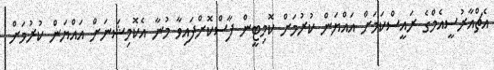
އެޗްއާރުސީއެމްގެ ރައީސްކަމަށް އައްޔަން ކުރުމަށް ކޮމިޓީން ފާސްކޮށްފައިވާ މުނާ އެކޮމިޝަނަށް އައްޔަން ކުރުމަށް